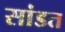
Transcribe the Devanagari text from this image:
सांडत